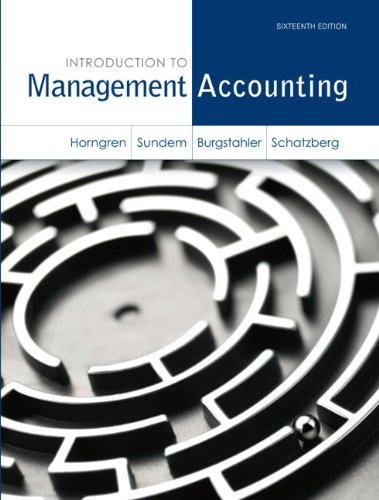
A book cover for Introduction to Management Accounting (16th Edition); Charles T. Horngren; Business & Money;